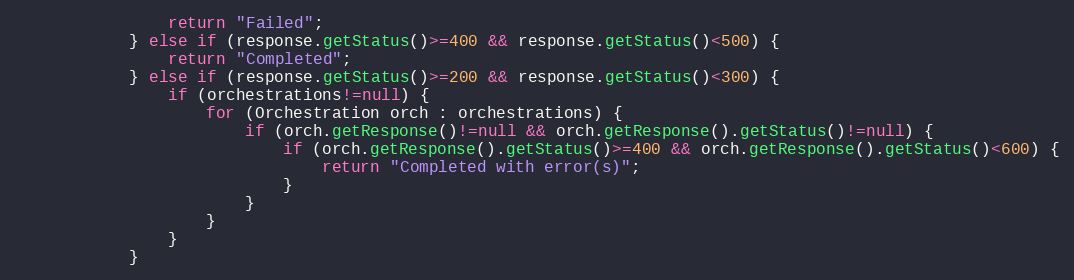
Language: Java
                return "Failed";
            } else if (response.getStatus()>=400 && response.getStatus()<500) {
                return "Completed";
            } else if (response.getStatus()>=200 && response.getStatus()<300) {
                if (orchestrations!=null) {
                    for (Orchestration orch : orchestrations) {
                        if (orch.getResponse()!=null && orch.getResponse().getStatus()!=null) {
                            if (orch.getResponse().getStatus()>=400 && orch.getResponse().getStatus()<600) {
                                return "Completed with error(s)";
                            }
                        }
                    }
                }
            }